Scientific memoirs by medical officers of the Army of India - Part I,
Year: 1884
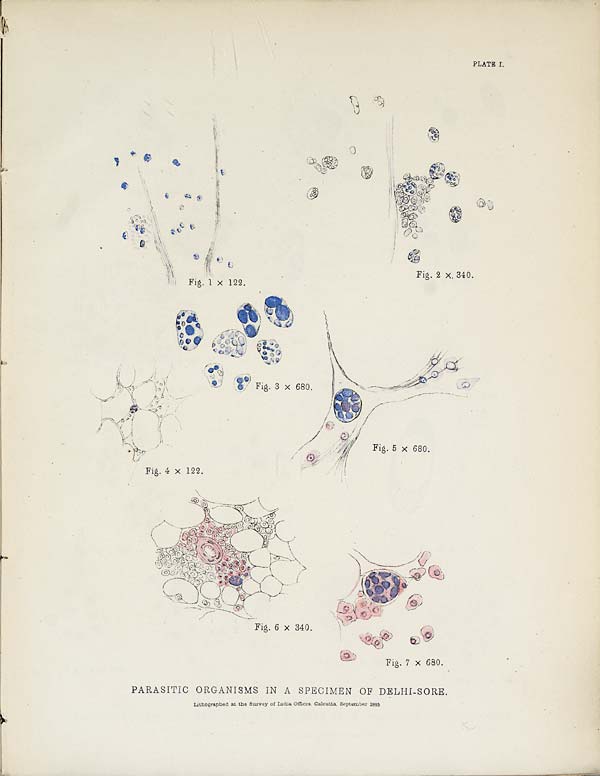
PLATE I.
PARASITIC ORGANISMS IN A SPECIMEN OF DELHI-SORE.
Lithographed at the Survey of India Offices, Calcutta, September 1885.